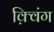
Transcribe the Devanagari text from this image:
क़्विंग